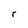
Character: r